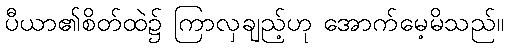
ပီယာ၏စိတ်ထဲ၌ ကြာလှချည့်ဟု အောက်မေ့မိသည်။